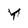
Character: Y